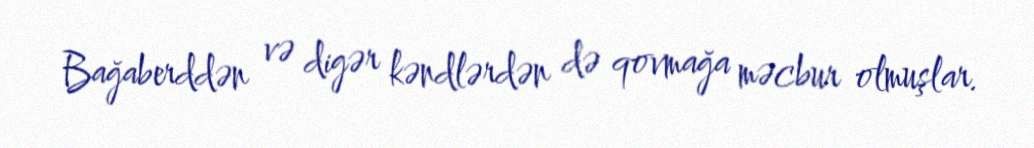
Bağaberddən və digər kəndlərdən də qovmağa məcbur olmuşlar.